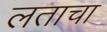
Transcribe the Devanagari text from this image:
लताचा